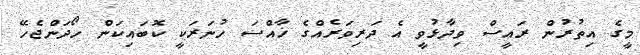
މީގެ އިތުރުން ރައީސް ވިދާޅުވީ އެ ދަރިވަރެއްގެ ޚާއްސަ ހުނަރަކީ ކޮބައިކަން ހޯދަންޖެހޭ